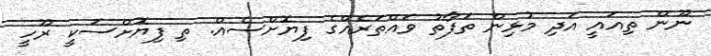
ނޫން ތިއައީ އަދި މުޅިން ތަފާތު ވައްތަރެއްގެ ފިޔޮށްސެއް. ތި ފިޔޮށްސަކީ ރޫހީ